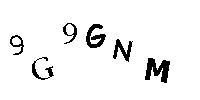
9G9GNM